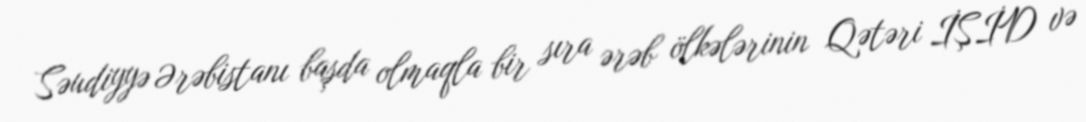
Səudiyyə Ərəbistanı başda olmaqla bir sıra ərəb ölkələrinin Qətəri İŞİD və